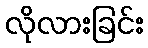
လိုလားခြင်း